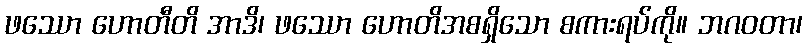
ဖဿော ဟောတီတိ အာဒိ၊ ဖဿော ဟောတိအစရှိသော စကားရပ်ကို။ ဘဂဝတာ၊